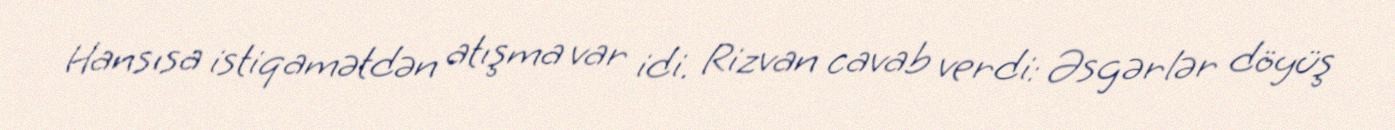
Hansısa istiqamətdən atışma var idi. Rizvan cavab verdi: Əsgərlər döyüş